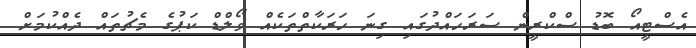
އެސްޓީއޯ ބޮޑު ސްކްރީން ސަރަހައްދުގައި ގިނަ ހަރަކާތްތަކެއް ވޯލްޑް ކަޕުގެ މެޗުތައް ދެއްކުމަށް